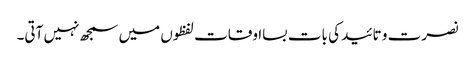
نصرت و تائید کی بات بسااوقات لفظوں میں سمجھ نہیں آتی۔